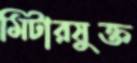
মিটারযুক্ত